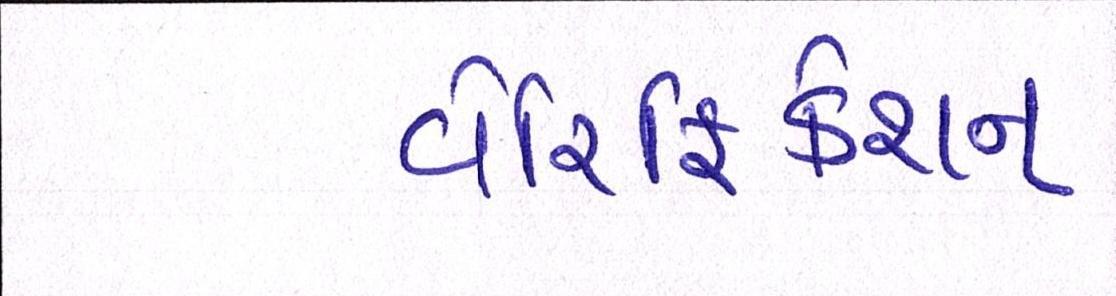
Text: વેરિફિકેશન